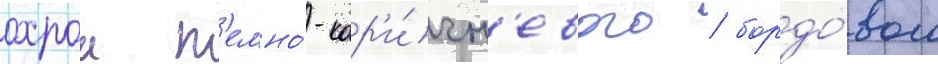
охрои т'емно́-кор'и́чн'евого / бордо́вого